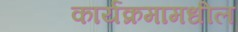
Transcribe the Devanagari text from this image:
कार्यक्रमामधील